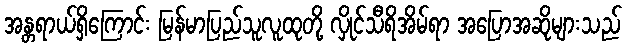
အန္တရာယ်ရှိကြောင်း မြန်မာပြည်သူလူထုတို့ လှိုင်သီရိအိမ်ရာ အပြောအဆိုများသည်